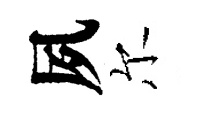
夙尔